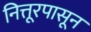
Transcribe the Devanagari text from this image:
नित्तूरपासून